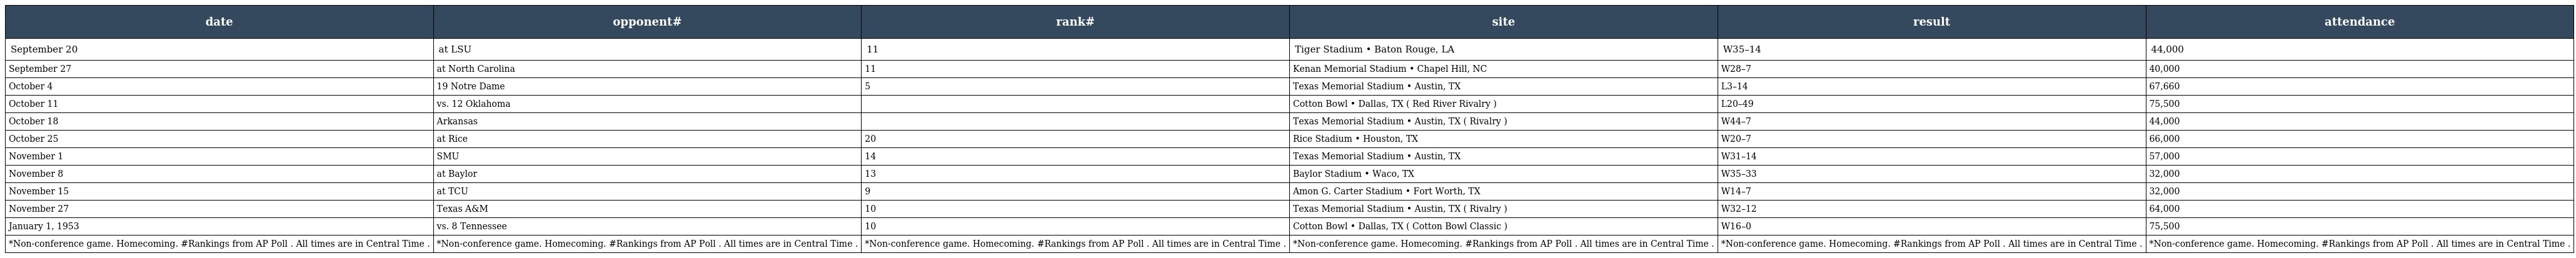
| date | opponent# | rank# | site | result | attendance |
 | --- | --- | --- | --- | --- | --- |
 | September 20 | at LSU | 11 | Tiger Stadium • Baton Rouge, LA | W35–14 | 44,000 |
 | September 27 | at North Carolina | 11 | Kenan Memorial Stadium • Chapel Hill, NC | W28–7 | 40,000 |
 | October 4 | 19 Notre Dame | 5 | Texas Memorial Stadium • Austin, TX | L3–14 | 67,660 |
 | October 11 | vs. 12 Oklahoma |  | Cotton Bowl • Dallas, TX ( Red River Rivalry ) | L20–49 | 75,500 |
 | October 18 | Arkansas |  | Texas Memorial Stadium • Austin, TX ( Rivalry ) | W44–7 | 44,000 |
 | October 25 | at Rice | 20 | Rice Stadium • Houston, TX | W20–7 | 66,000 |
 | November 1 | SMU | 14 | Texas Memorial Stadium • Austin, TX | W31–14 | 57,000 |
 | November 8 | at Baylor | 13 | Baylor Stadium • Waco, TX | W35–33 | 32,000 |
 | November 15 | at TCU | 9 | Amon G. Carter Stadium • Fort Worth, TX | W14–7 | 32,000 |
 | November 27 | Texas A&M | 10 | Texas Memorial Stadium • Austin, TX ( Rivalry ) | W32–12 | 64,000 |
 | January 1, 1953 | vs. 8 Tennessee | 10 | Cotton Bowl • Dallas, TX ( Cotton Bowl Classic ) | W16–0 | 75,500 |
 | *Non-conference game. Homecoming. #Rankings from AP Poll . All times are in Central Time . | *Non-conference game. Homecoming. #Rankings from AP Poll . All times are in Central Time . | *Non-conference game. Homecoming. #Rankings from AP Poll . All times are in Central Time . | *Non-conference game. Homecoming. #Rankings from AP Poll . All times are in Central Time . | *Non-conference game. Homecoming. #Rankings from AP Poll . All times are in Central Time . | *Non-conference game. Homecoming. #Rankings from AP Poll . All times are in Central Time . |